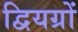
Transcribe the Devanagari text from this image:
द्वियग्रों